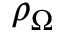
\rho _ { \Omega }